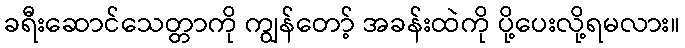
ခရီးဆောင်သေတ္တာကို ကျွန်တော့် အခန်းထဲကို ပို့ပေးလို့ရမလား။